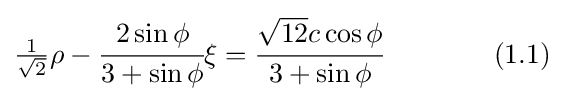
{\tfrac {1}{\sqrt {2}}}\rho -{\cfrac {2\sin \phi }{3+\sin \phi }}\xi ={\cfrac {{\sqrt {12}}c\cos \phi }{3+\sin \phi }}\qquad \qquad (1.1)